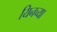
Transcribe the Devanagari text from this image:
यिनच्या